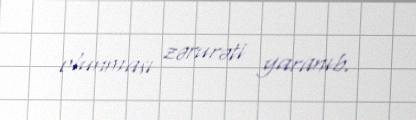
olunması zərurəti yaranıb.